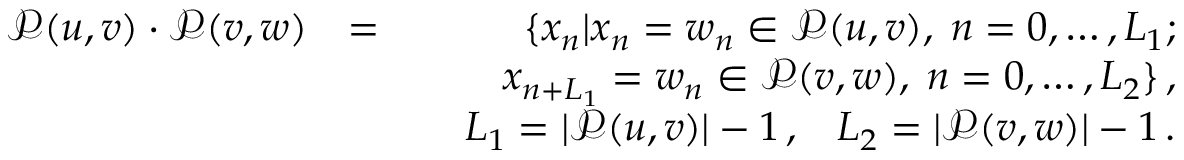
\begin{array} { r l r } { \mathcal { P } ( u , v ) \cdot \mathcal { P } ( v , w ) } & { = } & { \{ x _ { n } | x _ { n } = w _ { n } \in \mathcal { P } ( u , v ) , \; n = 0 , \ldots , L _ { 1 } ; } \\ & { } & { \qquad x _ { n + L _ { 1 } } = w _ { n } \in \mathcal { P } ( v , w ) , \; n = 0 , \ldots , L _ { 2 } \} \, , } \\ & { } & { \quad L _ { 1 } = | \mathcal { P } ( u , v ) | - 1 \, , \; \; \; L _ { 2 } = | \mathcal { P } ( v , w ) | - 1 \, . } \end{array}